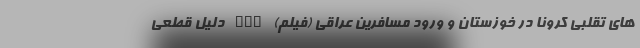
های تقلبی کرونا در خوزستان و ورود مسافرین عراقی (فیلم) nan دلیل قطعی